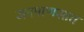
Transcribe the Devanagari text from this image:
जनमाणसात